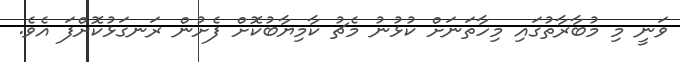
ވަނީ މި މުބާރާތުގައި މިހާތަނަށް ކުޅުނު މެޗު ކާމިޔާބުކޮށް ފެށުން ރަނގަޅުކޮށްފަ އެވެ.